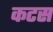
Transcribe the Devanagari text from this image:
कटस